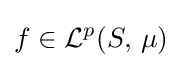
f\in {\mathcal {L}}^{p}(S,\,\mu )